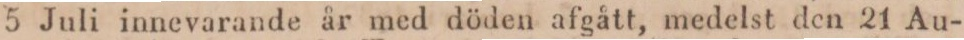
5 Juli innevarande år med döden afgått, medelst den 21 Au-